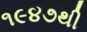
૧૯૪૭થી